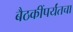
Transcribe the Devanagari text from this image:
बैठकींपर्यंतचा